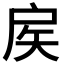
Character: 𢨻